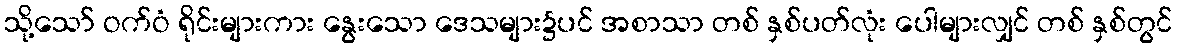
သို့သော် ဝက်ဝံ ရိုင်းများကား နွေးသော ဒေသများ၌ပင် အစာသာ တစ် နှစ်ပတ်လုံး ပေါများလျှင် တစ် နှစ်တွင်